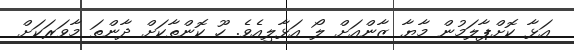
އަޅާ ކޮށްޕާލަމުން މާޔާ ޒާންއަށް ލޯ އަޅާލިއެވެ. ހޫ ކޮންތާކަށް ދާންތަ މާވަރަކަށް